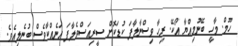
ހޫމް. މާހީ ބޭނުމިއްޔާ އޯކޭ. ރިހާ ވިސްނާލާފަ ކުޑަކޮށް ސީރިއަސްވެލާފަ އަނެއްކާވެސް ބުނެލިއެވެ.